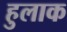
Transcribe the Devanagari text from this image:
हुलाक